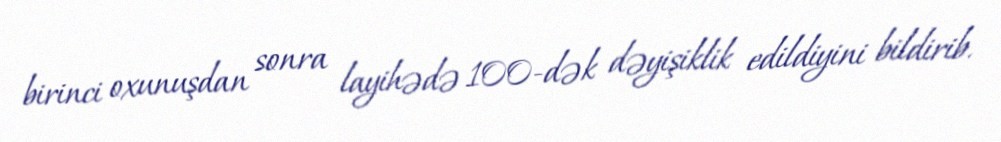
birinci oxunuşdan sonra layihədə 100-dək dəyişiklik edildiyini bildirib.